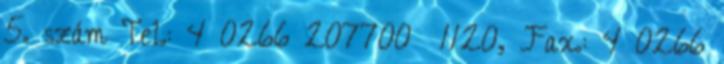
5. szám Tel.: 4 0266 207700 1120, Fax.: 4 0266